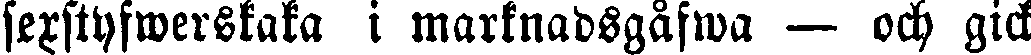
sexstyfwerstaka i marknadsgåfwa — och gick